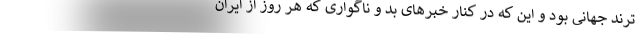
ترند جهانی بود و این که در کنار خبرهای بد و ناگواری که هر روز از ایران